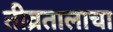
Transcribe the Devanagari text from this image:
तीव्रतालाचा